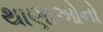
થાણાઓનો